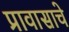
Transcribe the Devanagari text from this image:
प्रावासाचे